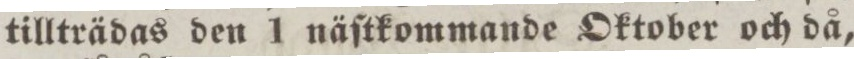
tillträdas den 1 näſtkommande Oktober och då,